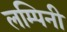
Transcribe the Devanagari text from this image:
लम्पिनी